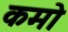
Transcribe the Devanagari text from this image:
कमो